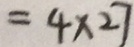
= 4 \times 2 7